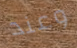
وعند